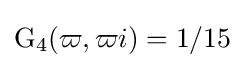
\operatorname {G} _{4}(\varpi ,\varpi i)=1/15